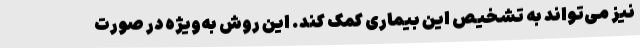
نیز می‌تواند به تشخیص این بیماری کمک کند. این روش به‌ویژه در صورت